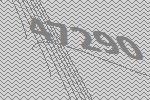
47290